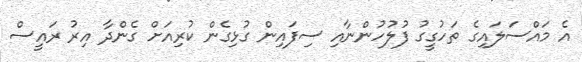
އެ މައްސަލައިގެ ތަހުގީގު ފުލުހުންނާއި ސިފައިން ގުޅިގެން ކުރިއަށް ގެންދާ އިރު ރައީސް